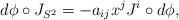
LaTeX: \begin{align*}d\phi\circ J_{S^2}=-a_{ij}x^{j}J^{i}\circ d\phi,\end{align*}